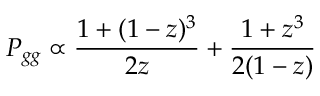
P _ { g g } \propto \frac { 1 + ( 1 - z ) ^ { 3 } } { 2 z } + \frac { 1 + z ^ { 3 } } { 2 ( 1 - z ) }